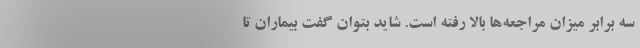
سه برابر میزان مراجعه‌ها بالا رفته است. شاید بتوان گفت بیماران تا